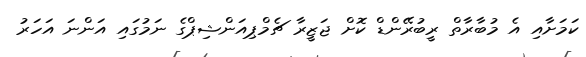
ކަމަށާއި އެ މުބާާރާތް ރީބުރޭންޑް ކޮށް ޖަޒީރާ ޗެމްޕިއަންޝިޕްގެ ނަމުގައި އަންނަ އަހަރު